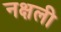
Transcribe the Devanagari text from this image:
नक्षली